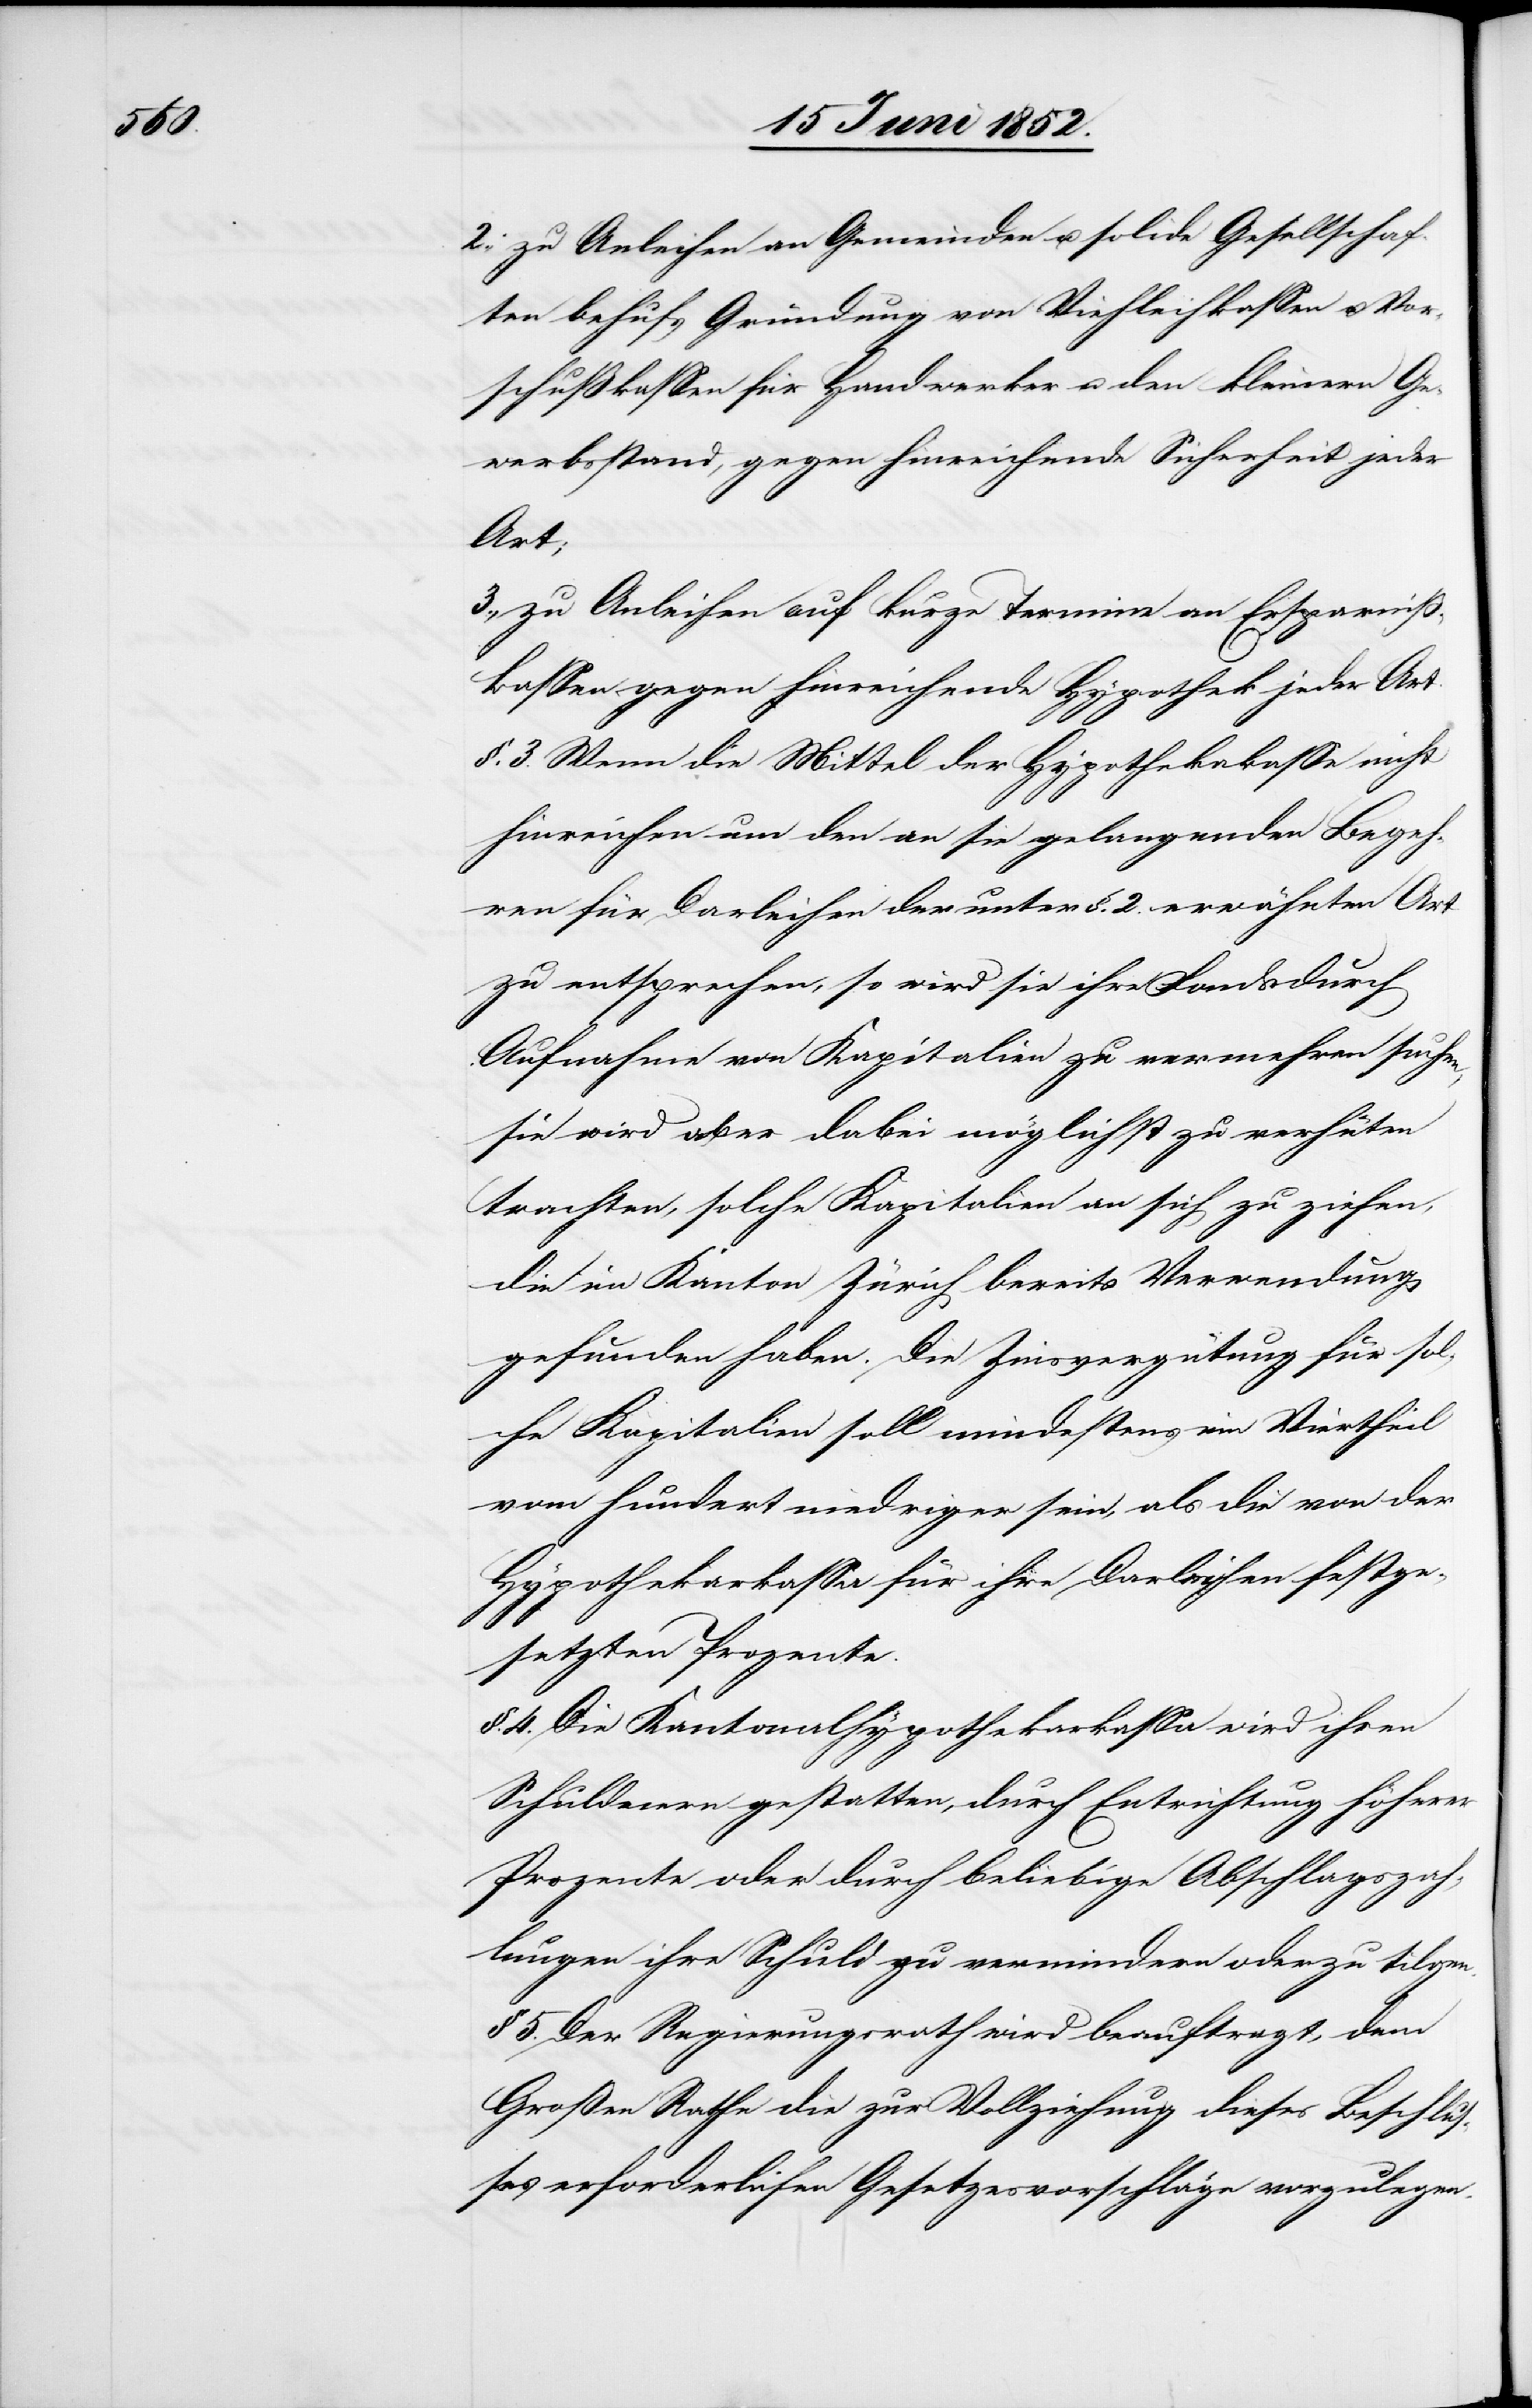
2., zu Anleihen an Gemeinden u. solide Gesellschaf¬
ten behufs Gründung von Viehleihkassen u. Vor¬
schußkassen für Handwerker u. den kleinern Ge¬
werbsstand, gegen hinreichende Sicherheit jeder
Art;
3., zu Anleihen auf kurze Termine an Ersparniss¬
kassen gegen hinreichende Hypothek jeder Art.
§. 3. Wenn die Mittel der Hypotheka[r]kasse nicht
hinreichen um den an sie gelangenden Begeh¬
ren für Darleihen der unter §. 2. erwähnten Art
zu entsprechen, so wird sie ihre Fonds durch
Aufnahme von Kapitalien zu vermehren suchen,
sie wird aber dabei möglichst zu verhüten
trachten, solche Kapitalien an sich zu ziehen,
die im Kanton Zürich bereits Verwendung
gefunden haben. Die Zinsvergütung für sol¬
che Kapitalien soll mindestens ein Viertheil
vom hundert niedriger sein, als die von der
Hypothekarkassa für ihre Darleihen festge¬
setzten Prozente.
§. 4. Die Kantonalhypothekarkassa wird ihren
Schuldnern gestatten, durch Entrichtung höherer
Prozente oder durch beliebige Abschlagszah¬
lungen ihre Schuld zu vermindern oder zu tilgen.
§ 5. Der Regierungsrath wird beauftragt, dem
Großen Rathe die zur Vollziehung dieses Beschlus¬
ses erforderlichen Gesetzesvorschläge vorzulegen.